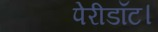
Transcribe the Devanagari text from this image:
पेरीडॉट।